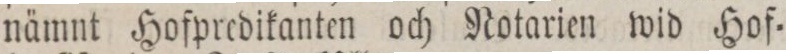
nämnt Hofpredikanten och Notarien wid Hof=